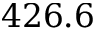
4 2 6 . 6